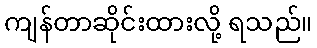
ကျန်တာဆိုင်းထားလို့ ရသည်။